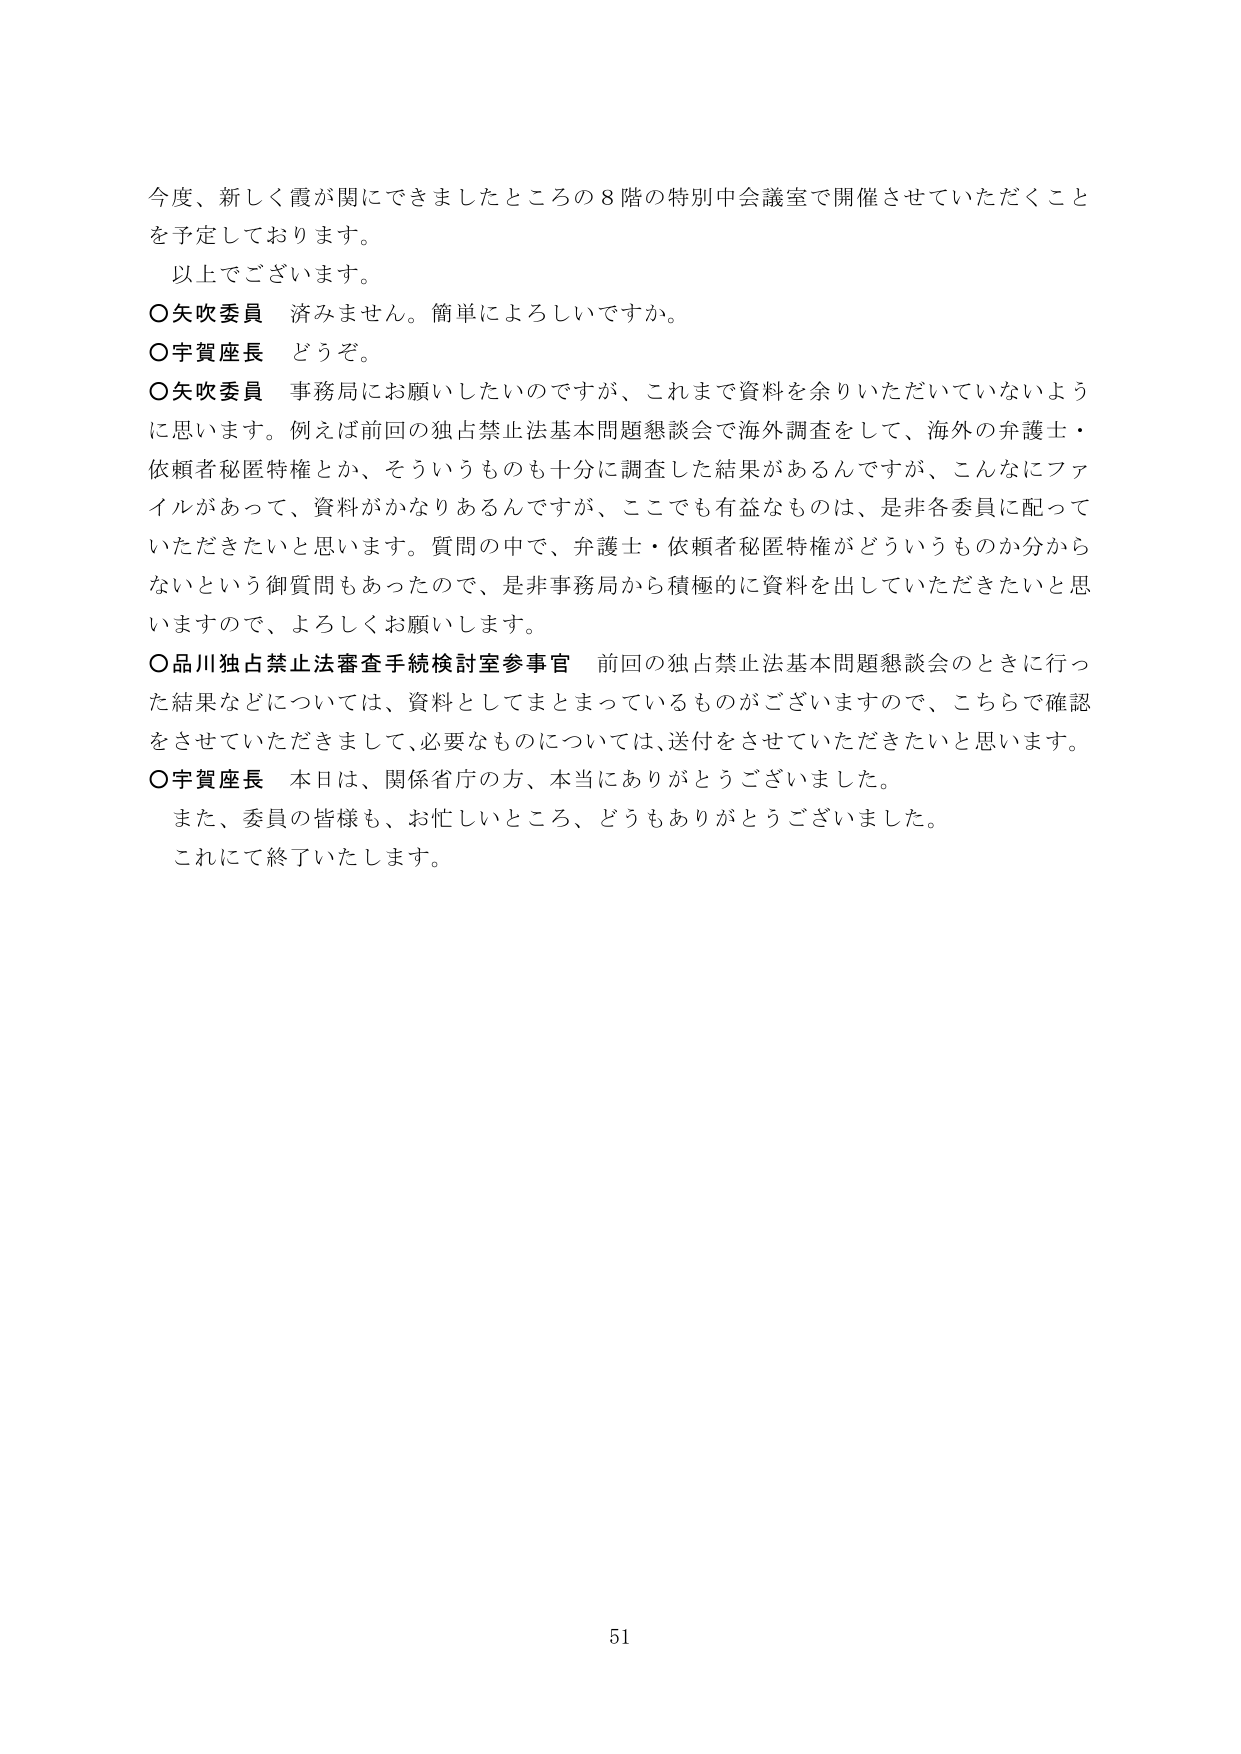
今度、新しく霞が関にできましたところの８階の特別中会議室で開催させていただくことを予定しております。
以上でございます。
○矢吹委員　済みません。簡単によろしいですか。
○宇賀座長　どうぞ。
○矢吹委員　事務局にお願いしたいのですが、これまで資料を余りいただいていないように思います。例えば前回の独占禁止法基本問題懇談会で海外調査をして、海外の弁護士・依頼者秘匿特権とか、そういうものも十分に調査した結果があるんですが、こんなにファイルがあって、資料がかなりあるんですが、ここでも有益なものは、是非各委員に配っていただきたいと思います。質問の中で、弁護士・依頼者秘匿特権がどういうものか分からないという御質問もあったので、是非事務局から積極的に資料を出していただきたいと思いますので、よろしくお願いします。
○品川独占禁止法審査手続検討室参事官　前回の独占禁止法基本問題懇談会のときに行った結果などについては、資料としてまとまっているものがございますので、こちらで確認をさせていただきまして、必要なものについては、送付をさせていただきたいと思います。
○宇賀座長　本日は、関係省庁の方、本当にありがとうございました。
また、委員の皆様も、お忙しいところ、どうもありがとうございました。
これにて終了いたします。
51